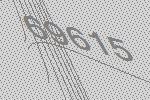
69615